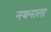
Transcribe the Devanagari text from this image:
नयनाला